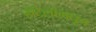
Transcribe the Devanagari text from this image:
हॉटेलांमधून